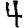
Digit: 4